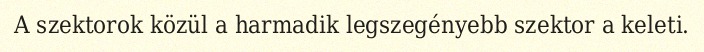
A szektorok közül a harmadik legszegényebb szektor a keleti.